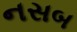
નસબ